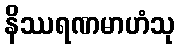
နိဿရဏမာဟံသု